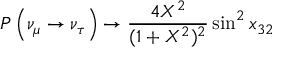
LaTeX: P \left( \nu _ { \mu } \rightarrow \nu _ { \tau } \right) \rightarrow \frac { 4 X ^ { 2 } } { ( 1 + X ^ { 2 } ) ^ { 2 } } \sin ^ { 2 } x _ { 3 2 }